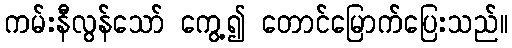
ကမ်းနီလွန်သော် ကွေ့၍ တောင်မြောက်ပြေးသည်။